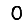
Digit: 0